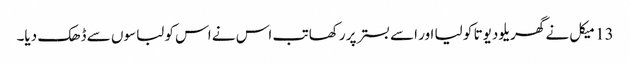
13 میکل نے گھریلو دیوتا کو لیا اور اسے بستر پر رکھا تب اس نے اس کو لباسوں سے ڈھک دیا۔